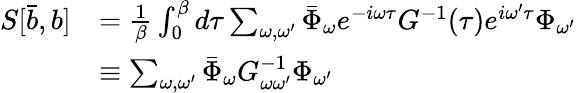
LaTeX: \begin{array}{rl}{S[\bar{b},b]}&{=\frac{1}{\beta}\int_{0}^{\beta}d\tau\sum_{\omega,\omega^{\prime}}\bar{\Phi}_{\omega}e^{-i\omega\tau}G^{-1}(\tau)e^{i\omega^{\prime}\tau}\Phi_{\omega^{\prime}}}\\ &{\equiv\sum_{\omega,\omega^{\prime}}\bar{\Phi}_{\omega}G_{\omega\omega^{\prime}}^{-1}\Phi_{\omega^{\prime}}}\end{array}